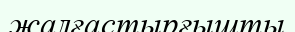
жалғастырғышты